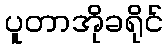
ပူတာအိုခရိုင်